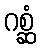
ဂစ္ဆံ